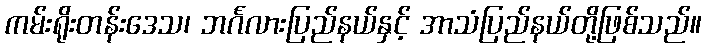
ကမ်းရိုးတန်းဒေသ၊ ဘင်္ဂလားပြည်နယ်နှင့် အာသံပြည်နယ်တို့ဖြစ်သည်။